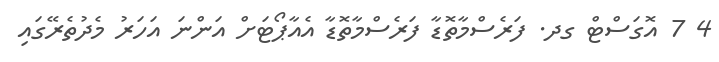
4 7 އޮގަސްޓް ގދ. ފަރެސްމާތޮޑާ ފަރެސްމާތޮޑާ އެއާޕޯޓަށް އަންނަ އަހަރު މެދުތެރޭގައި